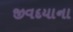
જીવદયાના